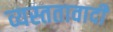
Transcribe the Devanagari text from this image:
व्यस्ततावादी